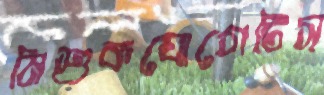
মিশুকযোগেটিস্